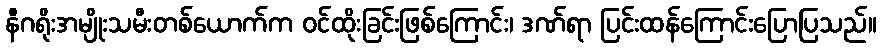
နီဂရိုးအမျိုးသမီးတစ်ယောက်က ဝင်ထိုးခြင်းဖြစ်ကြောင်း၊ ဒဏ်ရာ ပြင်းထန်ကြောင်းပြောပြသည်။